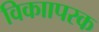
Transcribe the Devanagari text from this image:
विकाापरक